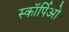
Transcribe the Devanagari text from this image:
स्कॉर्पिओ